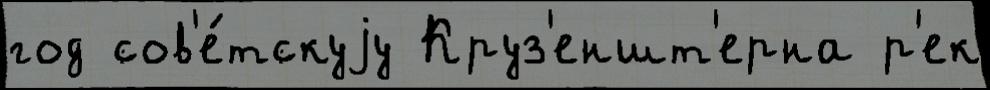
год сов'е́тскуjу Круз'еншт'ерна р'ек